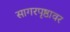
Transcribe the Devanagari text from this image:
सागरपृष्ठावर